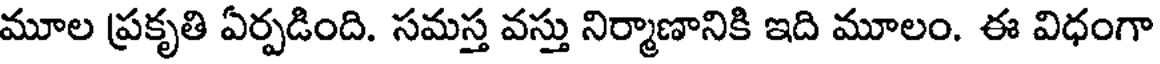
మూల ప్రకృతి ఏర్పడింది. సమస్త వస్తు నిర్మాణానికి ఇది మూలం. ఈ విధంగా